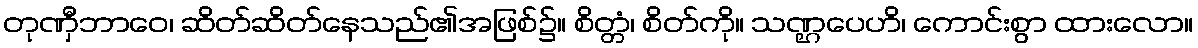
တုဏှီဘာဝေ၊ ဆိတ်ဆိတ်နေသည်၏အဖြစ်၌။ စိတ္တံ၊ စိတ်ကို။ သဏ္ဌပေဟိ၊ ကောင်းစွာ ထားလော။